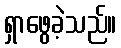
ရှာဖွေခဲ့သည်။